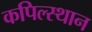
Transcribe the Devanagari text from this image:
कपिल्स्थान